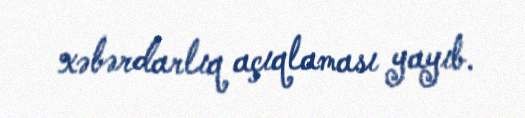
xəbərdarlıq açıqlaması yayıb.